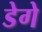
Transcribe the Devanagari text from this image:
डेगे